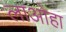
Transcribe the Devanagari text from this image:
लाओहा